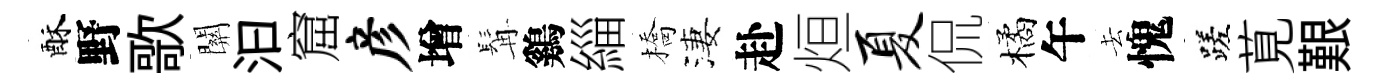
酥野歌關汩窟彦增髯鷄緇橋淒赴烜夏侃橘午去愧蹉莧艱